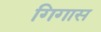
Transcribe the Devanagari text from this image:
गिगास